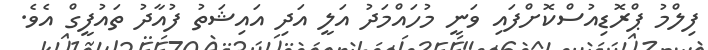
ފިލްމު ޕްރޮޑިއުސްކޮށްފައި ވަނީ މުހައްމަދު އަލީ އަދި އައިޝަތު ފުއާދު ތައުފީގް އެވެ.